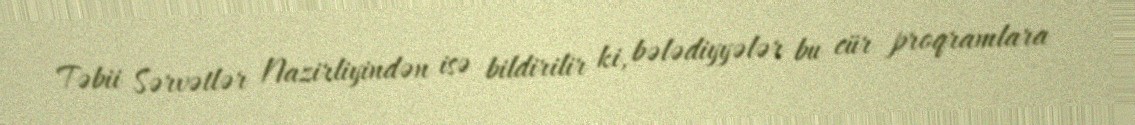
Təbii Sərvətlər Nazirliyindən isə bildirilir ki, bələdiyyələr bu cür proqramlara